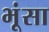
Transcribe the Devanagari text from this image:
भूंसा